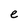
Character: e